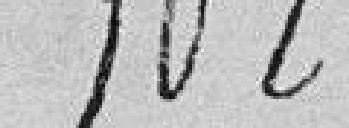
102